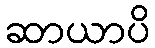
ဆာယာပိ